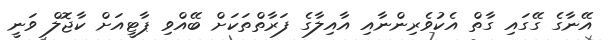
އޭނާގެ ގޭގައި ގާތް އެކުވެރިންނާއި އާއިލާގެ ފަރާތްތަކަށް ބޭއްވި ޕާޓީއަށް ކާޖޮލް ވަނީ